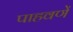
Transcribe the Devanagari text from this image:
पाहवणें